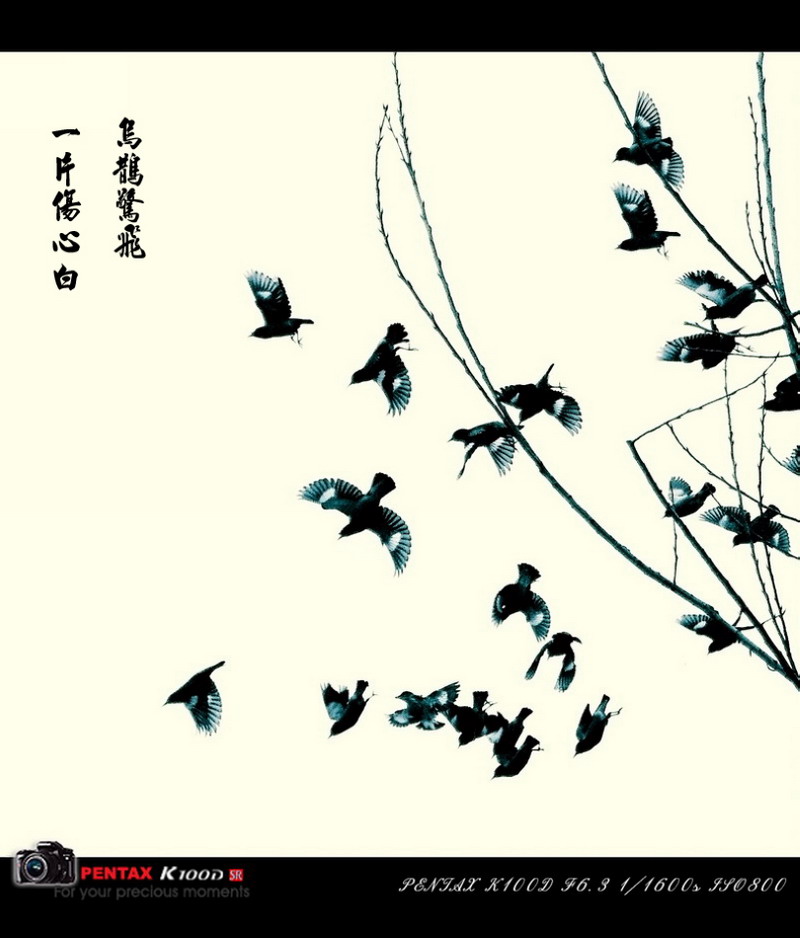
月去疏帘才数尺，乌鹊惊飞，一片伤心白。